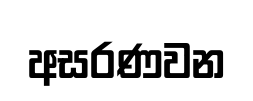
අසරණවන